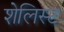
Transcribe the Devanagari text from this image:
शेलिस्ट